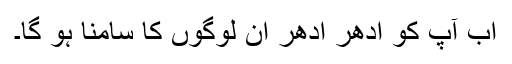
اب آپ کو ادھر اُدھر ان لوگوں کا سامنا ہو گا۔